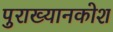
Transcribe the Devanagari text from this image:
पुराख्यानकोश